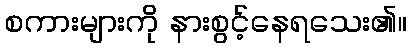
စကားများကို နားစွင့်နေရသေး၏။